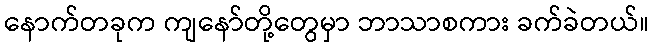
နောက်တခုက ကျနော်တို့တွေမှာ ဘာသာစကား ခက်ခဲတယ်။